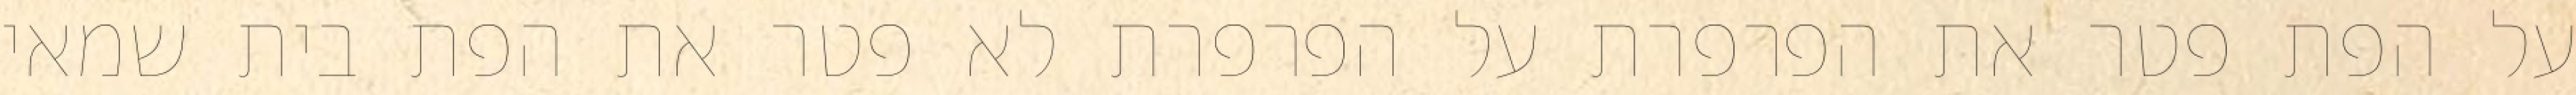
על הפת פטר את הפרפרת על הפרפרת לא פטר את הפת בית שמאי